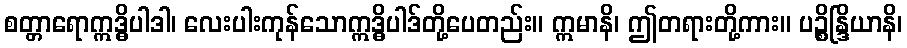
စတ္တာရောဣဒ္ဓိပါဒါ၊ လေးပါးကုန်သောဣဒ္ဓိပါဒ်တို့ပေတည်း။ ဣမာနိ၊ ဤတရားတို့ကား။ ပဉ္စိန္ဒြိယာနိ၊